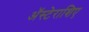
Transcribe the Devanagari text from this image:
अॅस्टेराशिए